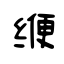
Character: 缏